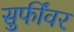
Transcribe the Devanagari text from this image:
सुफींवर